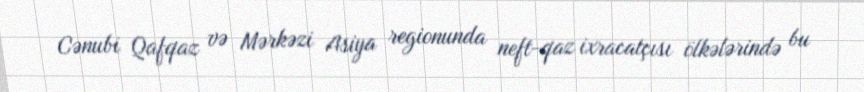
Cənubi Qafqaz və Mərkəzi Asiya regionunda neft-qaz ixracatçısı ölkələrində bu